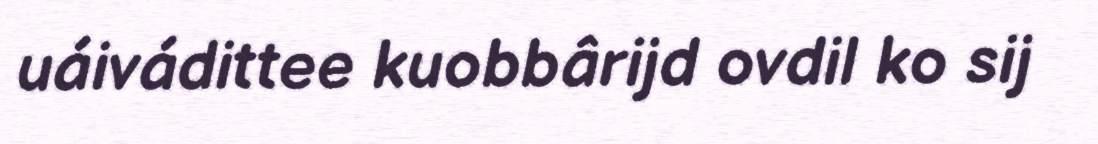
uáivádittee kuobbârijd ovdil ko sij